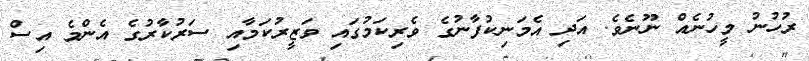
ރުހުނު މީހުނެއް ނޫނެވެ. އަދި އެމަނިކުފާނުގެ ވެރިކަމުގައި ވަޒީރުކަމާއި ސަރުކާރުގެ އެންމެ އިސް